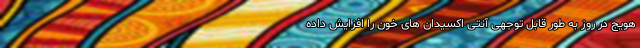
هویج در روز به طور قابل توجهی آنتی اکسیدان های خون را افزایش داده